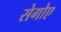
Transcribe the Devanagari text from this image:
सेगोए